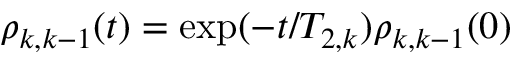
\rho _ { k , k - 1 } ( t ) = \exp ( - t / T _ { 2 , k } ) \rho _ { k , k - 1 } ( 0 )